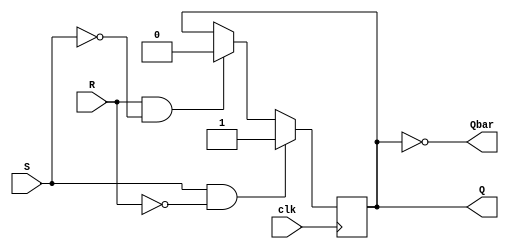
module sr_ff(input wire clk, input wire S, input wire R, output reg Q, output reg Qbar);

always @(posedge clk)
begin
    if (S && !R)
        Q <= 1;
    else if (R && !S)
        Q <= 0;
end

assign Qbar = ~Q;

endmodule